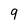
Character: 9